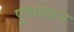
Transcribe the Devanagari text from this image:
पुष्पोद्यान